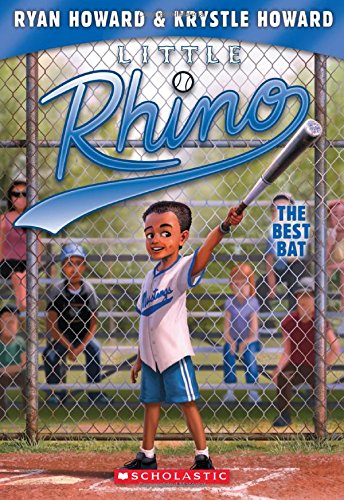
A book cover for Little Rhino #2: The Best Bat; Ryan Howard; Children's Books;